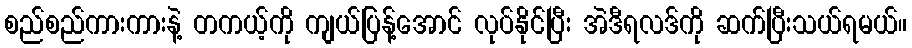
စည်စည်ကားကားနဲ့ တကယ့်ကို ကျယ်ပြန့်အောင် လုပ်နိုင်ပြီး အဲဒီရလဒ်ကို ဆက်ပြီးသယ်ရမယ်။